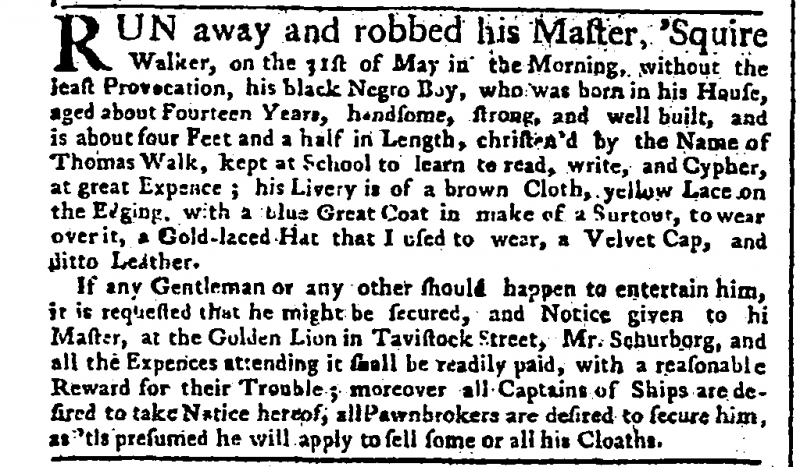
Public Advertiser, 1 June 1756 (England)
RUN away and robbed his Master, ‘Squire Walker, on 31st of May in the Morning, without the least Provocation, his black Negro Boy, who was born in his House, aged about Fourteen Years, handsome, strong, and well built, and is about four Feet and a half in Length, christen’d by the Name of Thomas Walk, kept at School to learn to read, write, and Cypher, at great Expence; his Livery is of a brown Cloth, yellow Lace on the Edging, with a blue Great Coat in make of a Surtout, to wear over it, a Gold-laced Hat that I used to wear, a Velvet Cap, and ditto Leather.  If any Gentleman or any other should happen to entertain him, it is requested that he might be secured, and Notice given to hi[s] Master, at the Golden Lion in Tavistock Street, Mr Schurborg, and all the Expences attending it shall be readily paid, with a reasonable Reward for their Trouble; moreover all Captains of Ships are desired to take Notice hereof, all Pawnbrokers are desired to secure him, as ‘tis presumed he will apply to sell some or all his Cloaths.